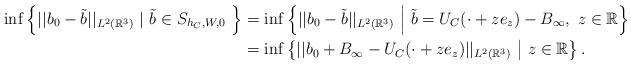
LaTeX: \begin{align*}\inf\left\{||b_0-\tilde{b}||_{L^{2}(\mathbb{R}^{3})}\ |\ \tilde{b}\in S_{h_C,W,0}\ \right\}&=\inf\left\{||b_0-\tilde{b}||_{L^{2}(\mathbb{R}^{3})}\ \middle|\ \tilde{b}=U_C(\cdot +ze_z)-B_{\infty},\ z\in \mathbb{R} \right\} \\&=\inf\left\{||b_0+B_{\infty}-U_C(\cdot +ze_z)||_{L^{2}(\mathbb{R}^{3})}\ \middle|\ z\in \mathbb{R} \right\}.\end{align*}